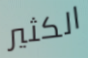
الكثير